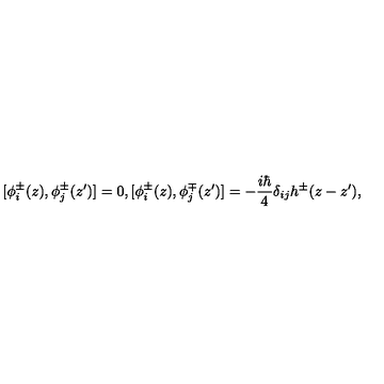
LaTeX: [ \phi _ { i } ^ { \pm } ( z ) , \phi _ { j } ^ { \pm } ( z ^ { \prime } ) ] = 0 , [ \phi _ { i } ^ { \pm } ( z ) , \phi _ { j } ^ { \mp } ( z ^ { \prime } ) ] = - \frac { i \hbar } { 4 } \delta _ { i j } h ^ { \pm } ( z - z ^ { \prime } ) ,